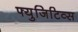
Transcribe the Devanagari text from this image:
फ्युजिटिव्स